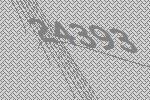
24393